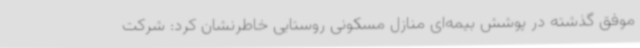
موفق گذشته در پوشش بیمه‌ای منازل مسکونی روستایی خاطرنشان کرد: شرکت